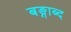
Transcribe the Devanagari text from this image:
बङ्गाब्द